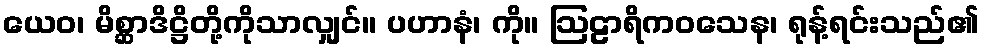
ယေဝ၊ မိစ္ဆာဒိဋ္ဌိတို့ကိုသာလျှင်။ ပဟာနံ၊ ကို။ ဩဠာရိကဝသေန၊ ရုန့်ရင်းသည်၏